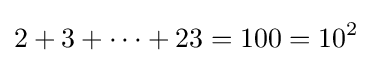
2+3+\dots +23=100=10^{2}